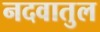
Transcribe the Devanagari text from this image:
नदवातुल